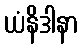
ယံနိဒါနာ